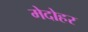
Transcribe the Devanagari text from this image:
मेदोहर